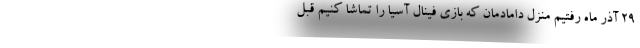
۲۹ آذر ماه رفتیم منزل دامادمان که بازی فینال آسیا را تماشا کنیم قبل